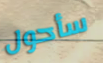
سأحول